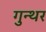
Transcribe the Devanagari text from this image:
गुन्थर